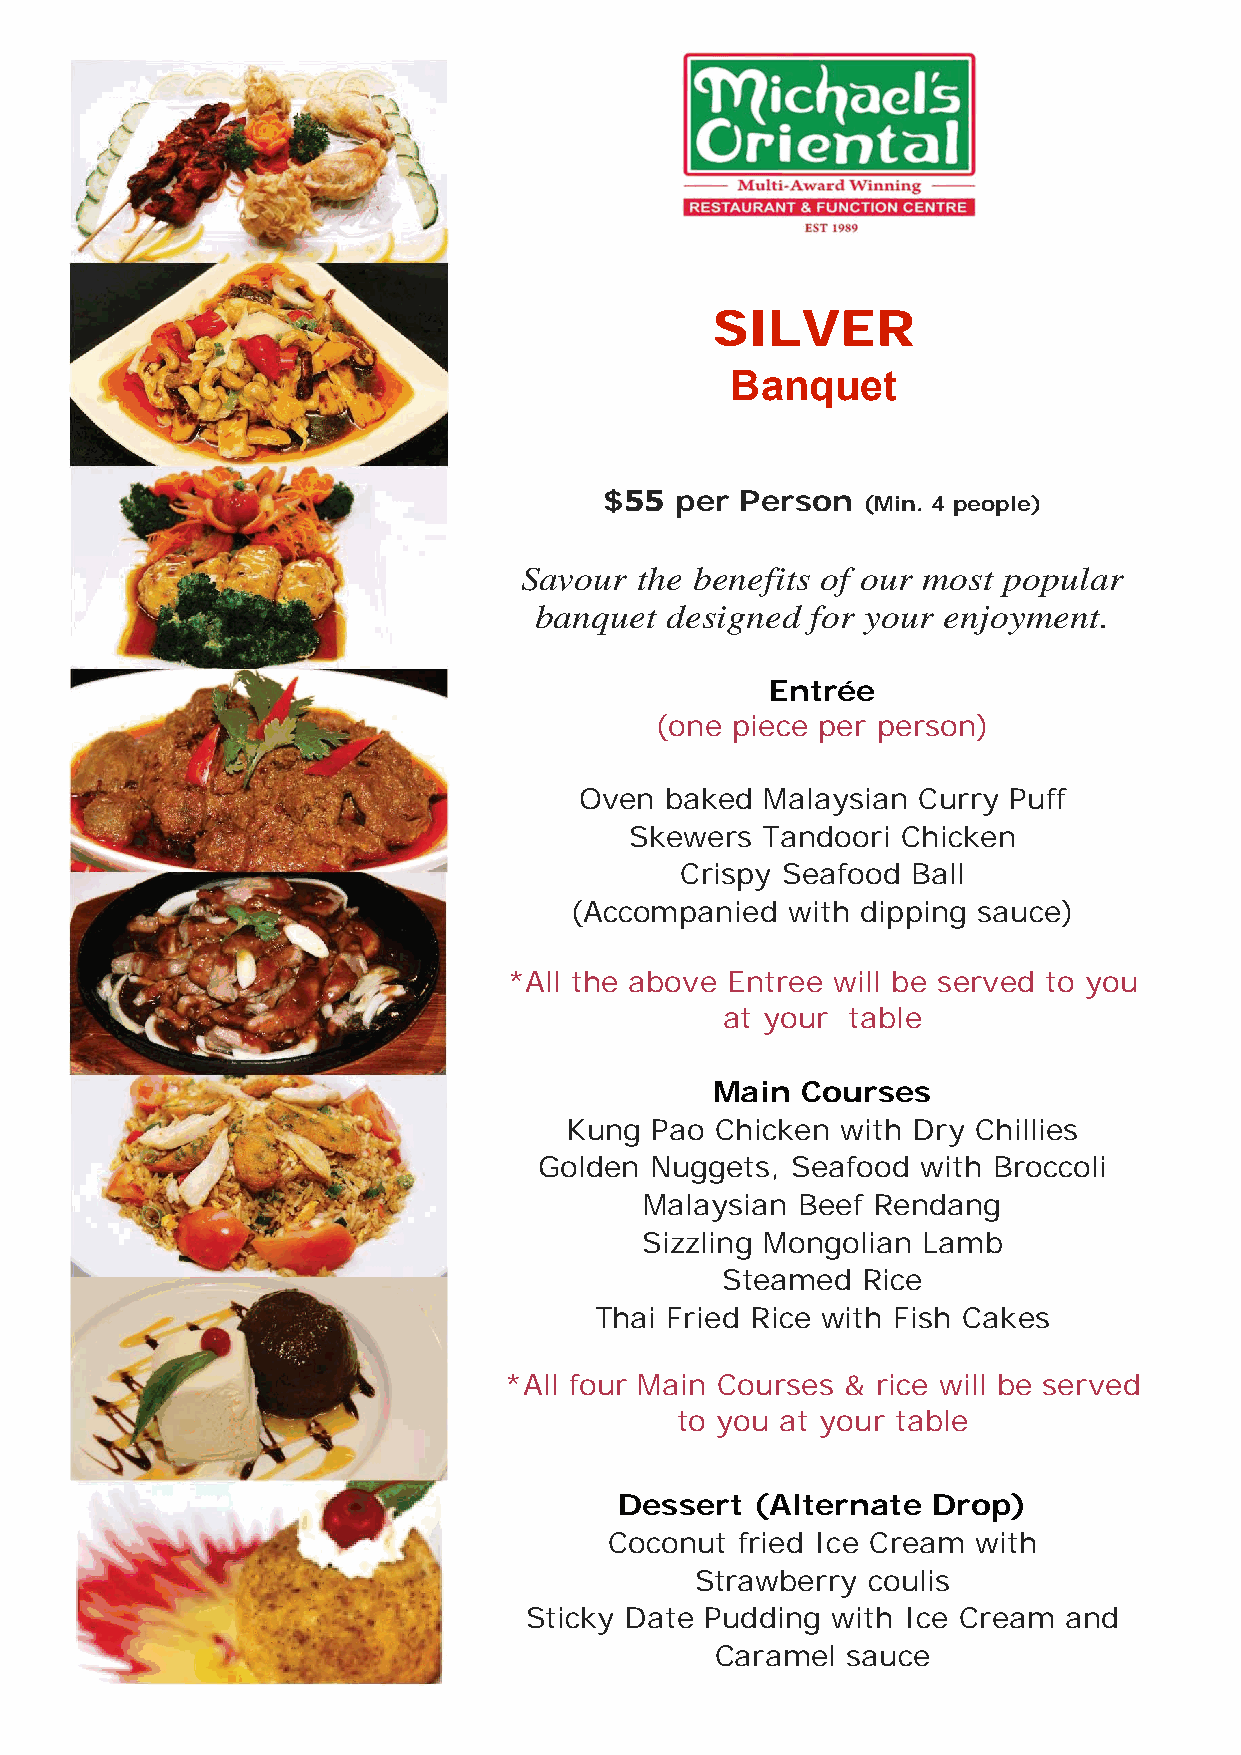
SILVER
 Banquet
 $55  per Person
 (Min. 4 people)
 Savour  the benefits of our most popular
 banquet  designed  for your enjoyment.
 Entrée
 (one piece per person)
 Oven  baked  Malaysian Curry Puff
 Skewers Tandoori  Chicken
 Crispy Seafood Ball
 (Accompanied  with dipping sauce)
 *All the above Entree will be served to you
 at your table
 Main  Courses
 Kung  Pao Chicken  with Dry Chillies
 Golden Nuggets, Seafood  with Broccoli
 Malaysian Beef Rendang
 Sizzling Mongolian Lamb
 Steamed  Rice
 Thai Fried Rice with Fish Cakes
 *All four Main Courses & rice will be served
 to you at your table
 Dessert  (Alternate  Drop)
 Coconut  fried Ice Cream with
 Strawberry coulis
 Sticky Date Pudding with Ice Cream and
 Caramel  sauce